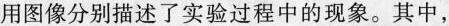
用图像分别描述了实验过程中的现象。其中，